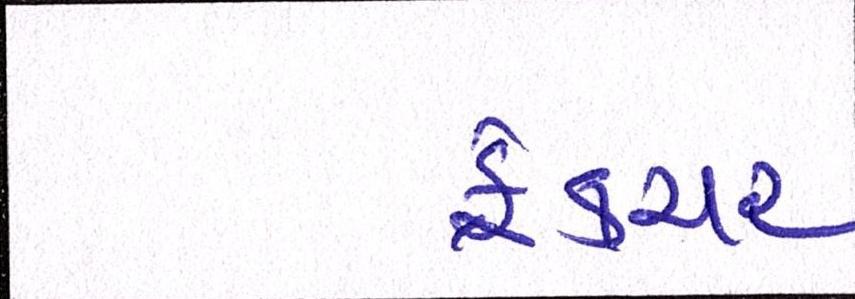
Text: ફ્રેક્ચર